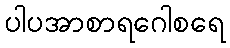
ပါပအာစာရဂေါစရေ